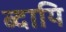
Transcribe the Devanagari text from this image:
ब्दायि